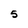
Character: 5